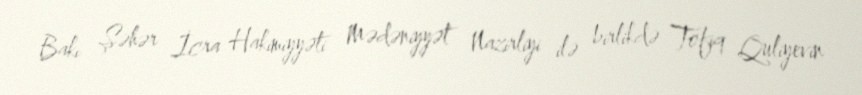
Bakı Şəhər İcra Hakimiyyəti Mədəniyyət Nazirliyi ilə birlikdə Tofiq Quliyevin